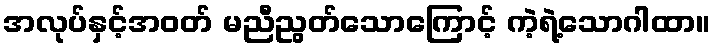
အလုပ်နှင့်အဝတ် မညီညွတ်သောကြောင့် ကဲ့ရဲ့သောဂါထာ။